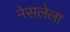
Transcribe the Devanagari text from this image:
नेसलेला